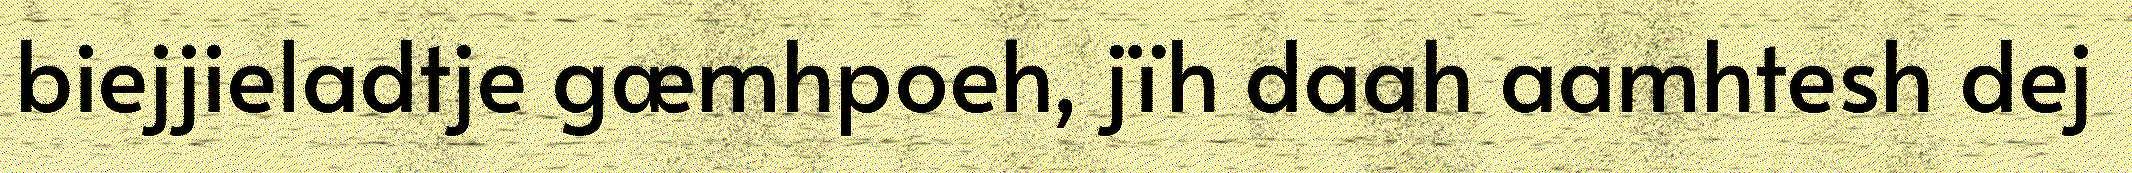
biejjieladtje gæmhpoeh, jïh daah aamhtesh dej